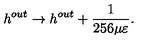
h ^ { o u t } \rightarrow h ^ { o u t } + \frac { 1 } { 2 5 6 \mu \varepsilon } .